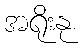
အရိုးနု